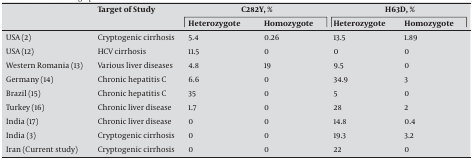
<table><thead><tr><td></td><td><b>Target of Study</b></td><td colspan="2"><b>C282Y, %</b></td><td colspan="2"><b>H63D, %</b></td></tr><tr><td></td><td></td><td><b>Heterozygote</b></td><td><b>Homozygote</b></td><td><b>Heterozygote</b></td><td><b>Homozygote</b></td></tr></thead><tbody><tr><td>USA[2]</td><td>Cryptogenic cirrhosis</td><td>5.4</td><td>0.26</td><td>13.5</td><td>1.89</td></tr><tr><td>USA[12]</td><td>HCV cirrhosis</td><td>11.5</td><td>0</td><td>0</td><td>0</td></tr><tr><td>Western Romania[13]</td><td>Various liver diseases</td><td>4.8</td><td>19</td><td>9.5</td><td>0</td></tr><tr><td>Germany [14]</td><td>Chronic hepatitis C</td><td>6.6</td><td>0</td><td>34.9</td><td>3</td></tr><tr><td>Brazil [15]</td><td>Chronic hepatitis C</td><td>35</td><td>0</td><td>5</td><td>0</td></tr><tr><td>Turkey [16]</td><td>Chronic liver disease</td><td>1.7</td><td>0</td><td>28</td><td>2</td></tr><tr><td>India [17]</td><td>Chronic liver disease</td><td>0</td><td>0</td><td>14.8</td><td>0.4</td></tr><tr><td>India [3]</td><td>Cryptogenic cirrhosis</td><td>0</td><td>0</td><td>19.3</td><td>3.2</td></tr><tr><td>Iran (Current study)</td><td>Cryptogenic cirrhosis</td><td>0</td><td>0</td><td>22</td><td>0</td></tr></tbody></table>